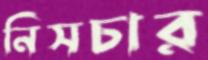
নিসচার